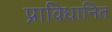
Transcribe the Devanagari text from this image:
प्राविधानित